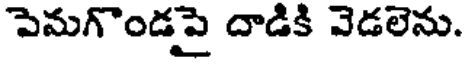
పెమగొండపై దాడికి వెడలెను.